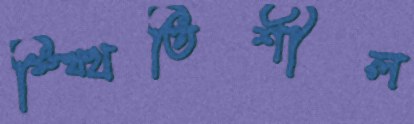
স্থ্থিতিশীল